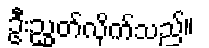
ဦးညွှတ်လိုက်သည်။